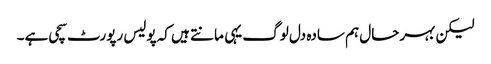
لیکن بہرحال ہم سادہ دل لوگ یہی مانتے ہیں کہ پولیس رپورٹ سچی ہے۔